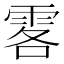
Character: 𩂣